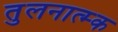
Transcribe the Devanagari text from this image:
तुलनात्म्क